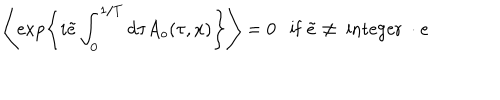
\left\langle \exp \left\{ i \tilde { e } \int _ { 0 } ^ { 1 / T } d \tau A _ { o } ( \tau , x ) \right\} \right\rangle = 0 \mathrm { i f } ~ \tilde { e } \neq ~ \mathrm { i n t e g e r } ~ \cdot e \nonumber